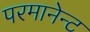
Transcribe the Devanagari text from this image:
परमानेन्ट